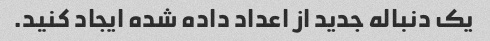
یک دنباله جدید از اعداد داده شده ایجاد کنید.